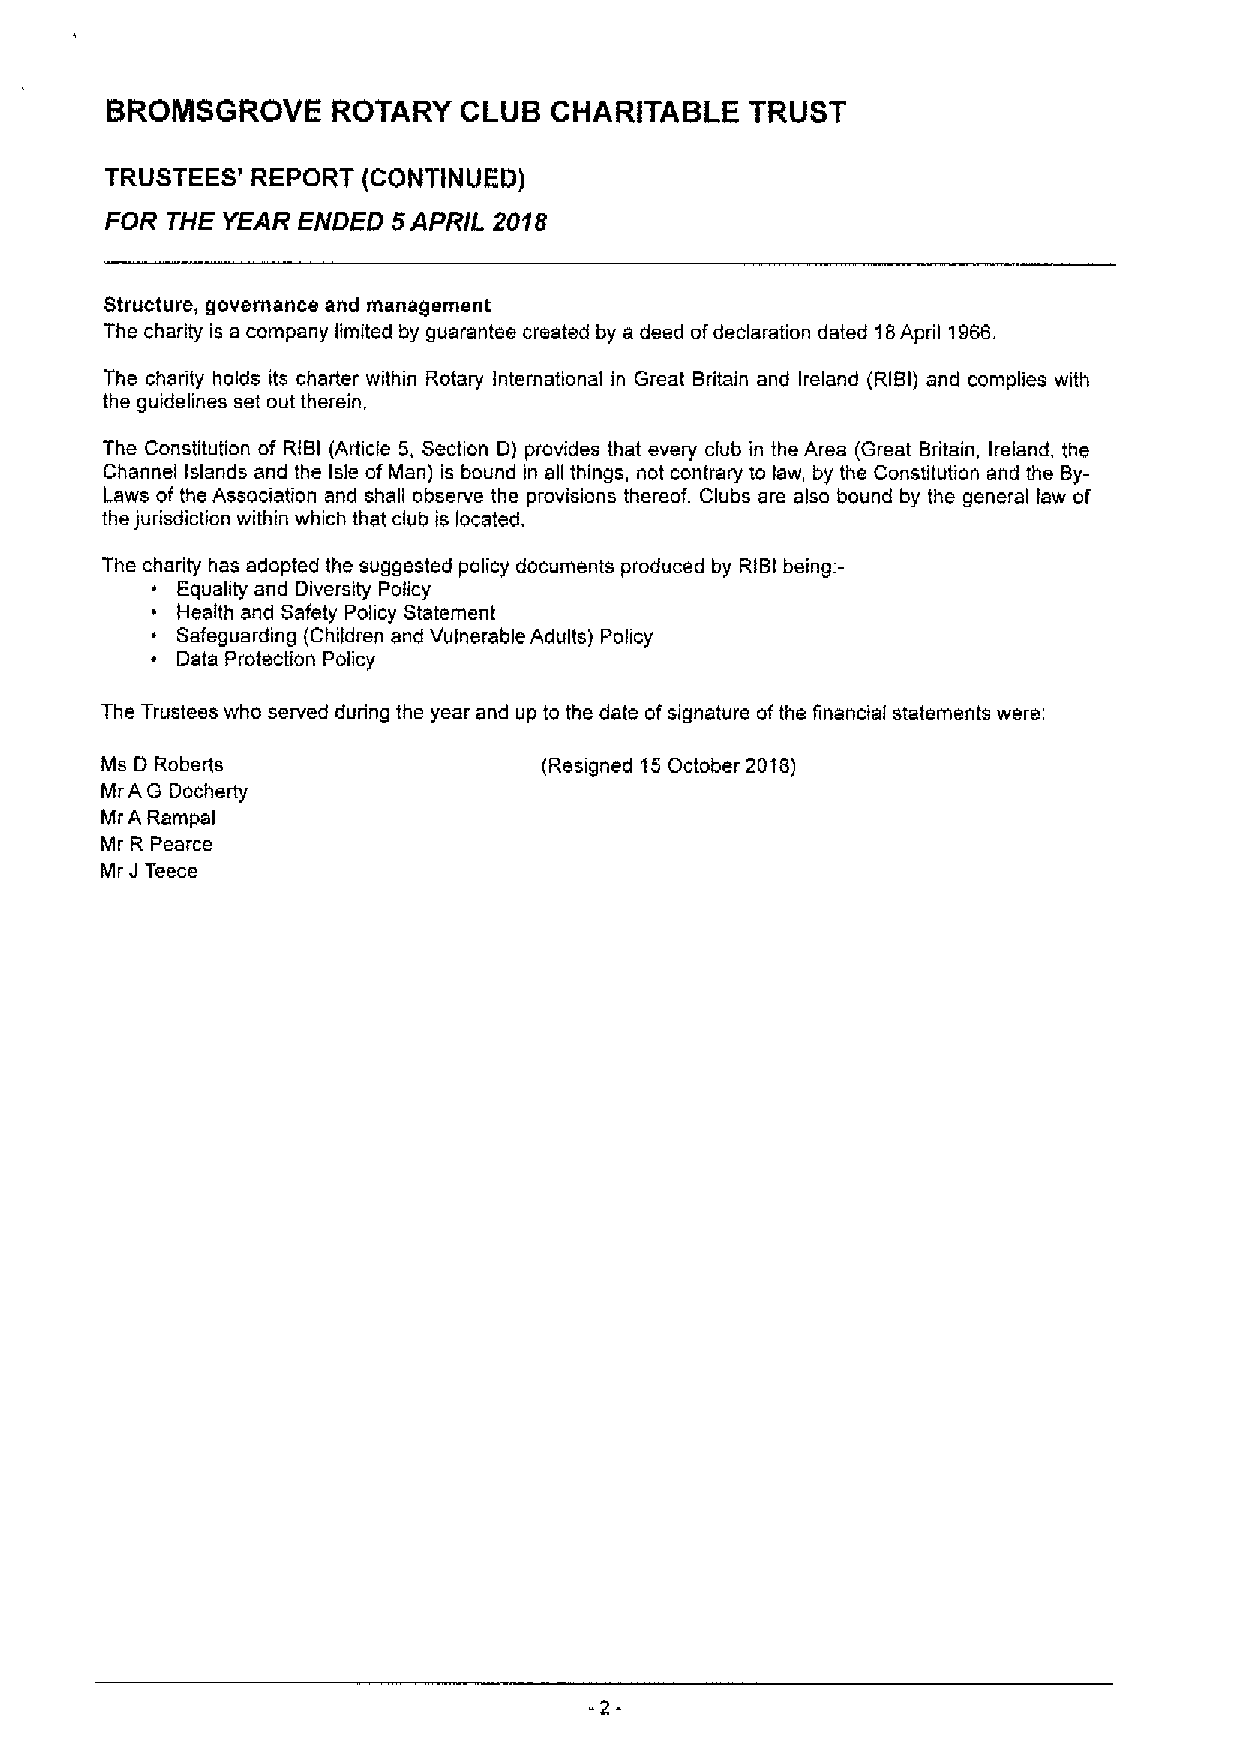
BROMSGROVE     ROTARY  CLUB  CHARITABLE    TRUST
 TRUSTEES' REPORT (CONTINUED)
 FOR THE YEAR ENDED 5APRIL 2018
 Structure, governance and management
 The charity is a company limited by guarantee created by a deed ofdeclaration dated 18April 1966.
 The charity holds its charter within Rotary International in Great Britain and Ireland (RIBI) and cornplies with
 the guidelines set out therein,
 The Constitution of RIBI (Article 6, Section D) provides that every club in the Area (Great Britain, Ireland, the
 Channel islands and the isle ofMan) is bound in ell things, not contrary to law, by the Constitution and the By-
 Laws of the Association and shall observe the provisions thereof. Clubs are also bound by the general law of
 the jurisdiction within which that club is located.
 The charity has adopted the suggested policy documents produced by RIBIbeing. -
 s Equality and Diversity Policy
 ~ Health and Safety Policy Statement
 ~ Safeguarding (Children and Vulnerable Adults) Policy
 ~ Data Protection Policy
 The Trustees who served during the year and up to the date ofsignature ofthe financial statements were:
 Ms D Roberts                 (Resigned I6 October 2018)
 Mr AG Docherty
 Mr A Rampal
 Mr R Pearce
 Mr JTeece